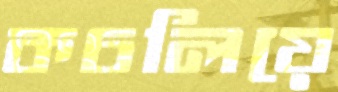
কচলিয়ে